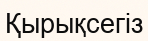
Қырықсегіз